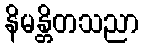
နိမန္တိတသညာ